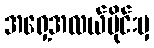
အရှေ့အလယ်ပိုင်းမှ